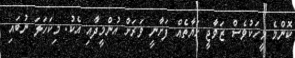
ކޮންމެ މީހަކުވެސް ޒަވާޖީ ހަޔާތެއް ފަށާނީ ވަރަށް އުންމީދާއި އެކު. މިކަހަލަ ނުބައި